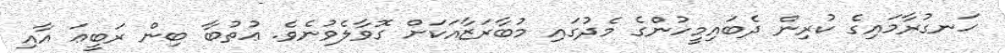
ހަނގުރާމައިގެ ކުރިން ދެބައިމީހުންގެ މެދުގައި މުބާރަޒާއަކަށް ގޮވާލެވުނެވެ. ޢުތުބާ ބިން ރަބީޢަ އާއި